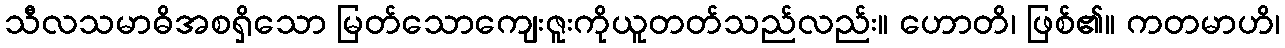
သီလသမာဓိအစရှိသော မြတ်သောကျေးဇူးကိုယူတတ်သည်လည်း။ ဟောတိ၊ ဖြစ်၏။ ကတမာဟိ၊